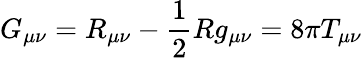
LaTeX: G_{\mu\nu}=R_{\mu\nu}-\frac{1}{2}Rg_{\mu\nu}=8\pi T_{\mu\nu}